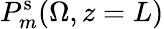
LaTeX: P_{m}^{\mathrm{s}}(\Omega,z=L)